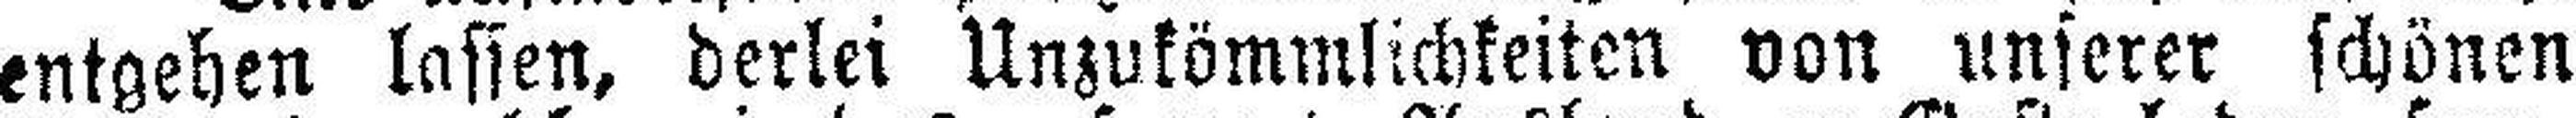
entgehen lassen, derlei Unzukömmlichkeiten von unserer schönen